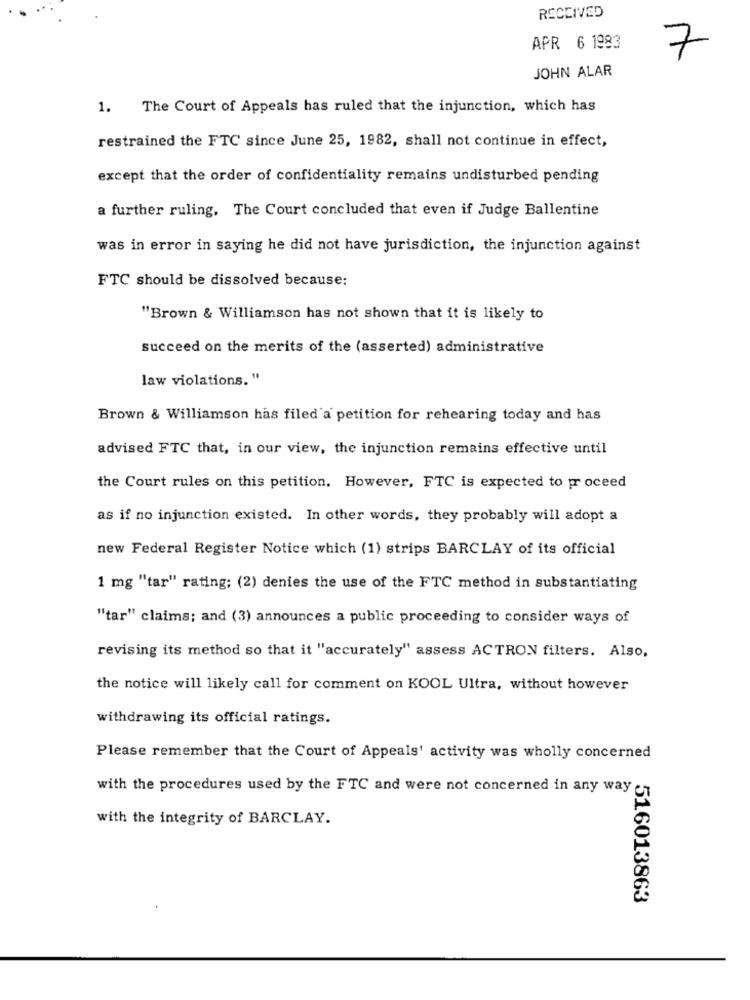
RECEIVED
APR 6 1983
7
JOHN ALAR
1. The Court of Appeals has ruled that the injunction, which has
restrained the FTC since June 25, 1982, shall not continue in effect,
except that the order of confidentiality remains undisturbed pending
a further ruling. The Court concluded that even if Judge Ballentine
was in error in saying he did not have jurisdiction, the injunction against
FTC should be dissolved because:
"Brown & Williamson has not shown that it is likely to
succeed on the merits of the (asserted) administrative
law violations. "
Brown & Williamson has filed a petition for rehearing today and has
advised FTC that, in our view, the injunction remains effective until
the Court rules on this petition. However, FTC is expected to proceed
as if no injunction existed. In other words, they probably will adopt a
new Federal Register Notice which (1) strips BARCLAY of its official
1 mg "tar" rating; (2) denies the use of the FTC method in substantiating
"tar" claims; and (3) announces a public proceeding to consider ways of
revising its method so that it "accurately" assess ACTRON filters. Also,
the notice will likely call for comment on KOOL Ultra, without however
withdrawing its official ratings.
Please remember that the Court of Appeals' activity was wholly concerned
with the procedures used by the FTC and were not concerned in any way
with the integrity of BARCLAY.
516013863